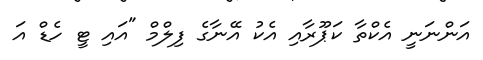
އަންނަނީ އެކްތާ ކަޕޫރާއި އެކު އޭނާގެ ފިލްމް "އައި ޓީ ހެޑް އަ